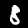
Digit: 8